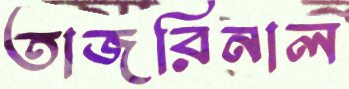
তাজরিনাল